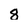
Character: 8